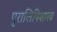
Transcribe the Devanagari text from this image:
पुरालिपिशास्त्र